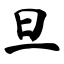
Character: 旦